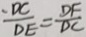
\frac { D C } { D E } = \frac { D F } { D C }